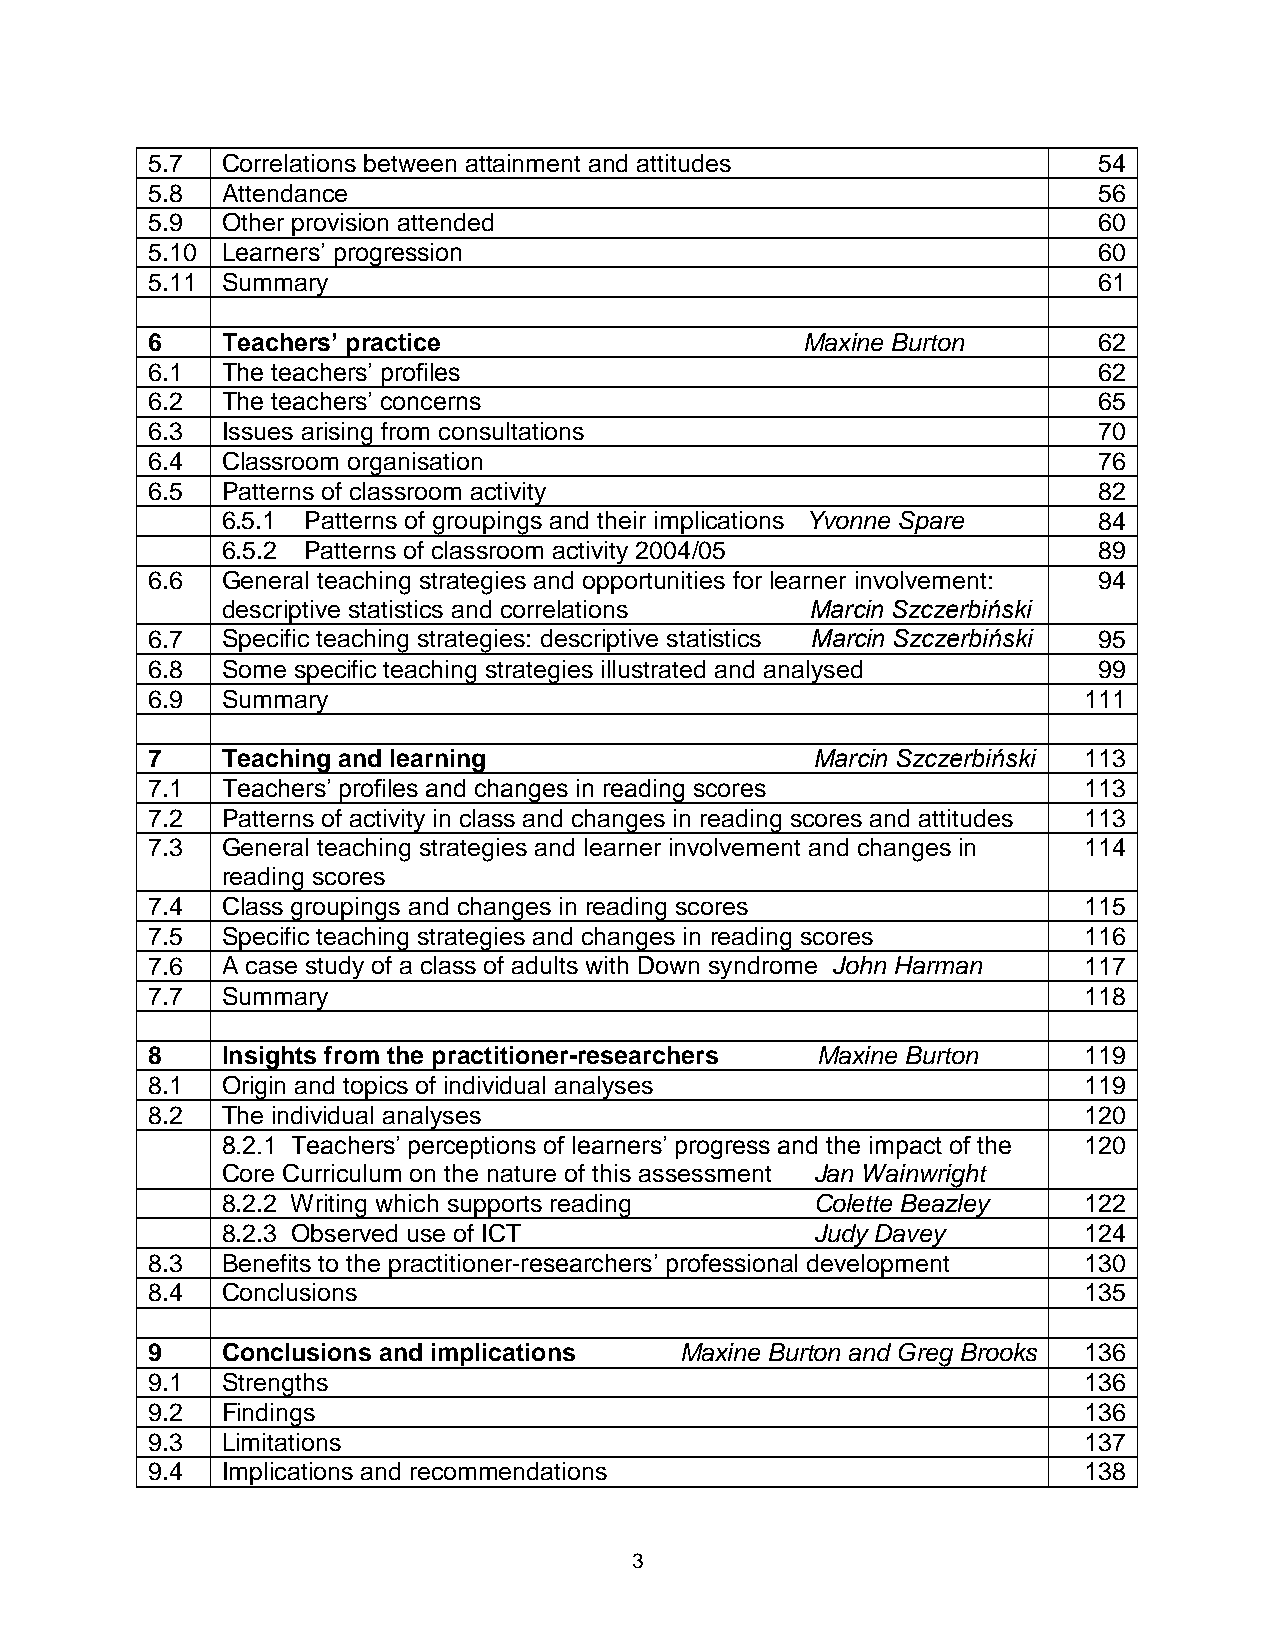
5.7  Correlations between attainment and attitudes             54
 5.8  Attendance                                                56
 5.9  Other provision attended                                  60
 5.10 Learners’ progression                                     60
 5.11 Summary                                                   61
 6    Teachers’ practice                    Maxine Burton       62
 6.1  The teachers’ profiles                                    62
 6.2  The teachers’ concerns                                    65
 6.3  Issues arising from consultations                         70
 6.4  Classroom organisation                                    76
 6.5  Patterns of classroom activity                            82
 6.5.1 Patterns of groupings and their implications Yvonne Spare 84
 6.5.2 Patterns of classroom activity 2004/05              89
 6.6  General teaching strategies and opportunities for learner involvement: 94
 descriptive statistics and correlations Marcin Szczerbiński
 6.7  Specific teaching strategies: descriptive statistics Marcin Szczerbiński 95
 6.8  Some specific teaching strategies illustrated and analysed 99
 6.9  Summary                                                  111
 7    Teaching and learning                  Marcin Szczerbiński 113
 7.1  Teachers’ profiles and changes in reading scores         113
 7.2  Patterns of activity in class and changes in reading scores and attitudes 113
 7.3  General teaching strategies and learner involvement and changes in 114
 reading scores
 7.4  Class groupings and changes in reading scores            115
 7.5  Specific teaching strategies and changes in reading scores 116
 7.6  A case study of a class of adults with Down syndrome John Harman 117
 7.7  Summary                                                  118
 8    Insights from the practitioner-researchers Maxine Burton 119
 8.1  Origin and topics of individual analyses                 119
 8.2  The individual analyses                                  120
 8.2.1 Teachers’ perceptions of learners’ progress and the impact of the 120
 Core Curriculum on the nature of this assessment Jan Wainwright
 8.2.2 Writing which supports reading   Colette Beazley   122
 8.2.3 Observed use of ICT              Judy Davey        124
 8.3  Benefits to the practitioner-researchers’ professional development 130
 8.4  Conclusions                                              135
 9    Conclusions and implications  Maxine Burton and Greg Brooks 136
 9.1  Strengths                                                136
 9.2  Findings                                                 136
 9.3  Limitations                                              137
 9.4  Implications and recommendations                         138
 3